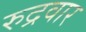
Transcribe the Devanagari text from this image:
रुद्रवार